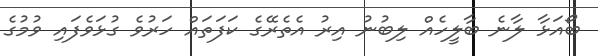
ބޯއަޅާ ލާނެ ބާލީހެއް ލިބުނު އިރު އެތެރޭގެ ކަފަތައް ހަރުވެ ގުޅަވެފައި ވުމުގެ